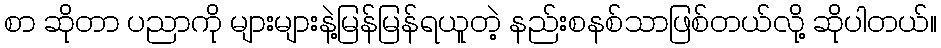
စာ ဆိုတာ ပညာကို များများနဲ့မြန်မြန်ရယူတဲ့ နည်းစနစ်သာဖြစ်တယ်လို့ ဆိုပါတယ်။